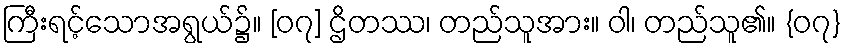
ကြီးရင့်သောအရွယ်၌။ [၀၇] ဌိတဿ၊ တည်သူအား။ ဝါ၊ တည်သူ၏။ {၀၇}